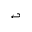
\hookleftarrow